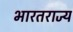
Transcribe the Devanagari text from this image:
भारतराज्य